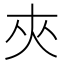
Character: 夾